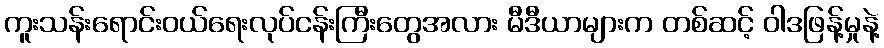
ကူးသန်းရောင်းဝယ်ရေးလုပ်ငန်းကြီးတွေအလား မီဒီယာများက တစ်ဆင့် ဝါဒဖြန့်မှုနဲ့